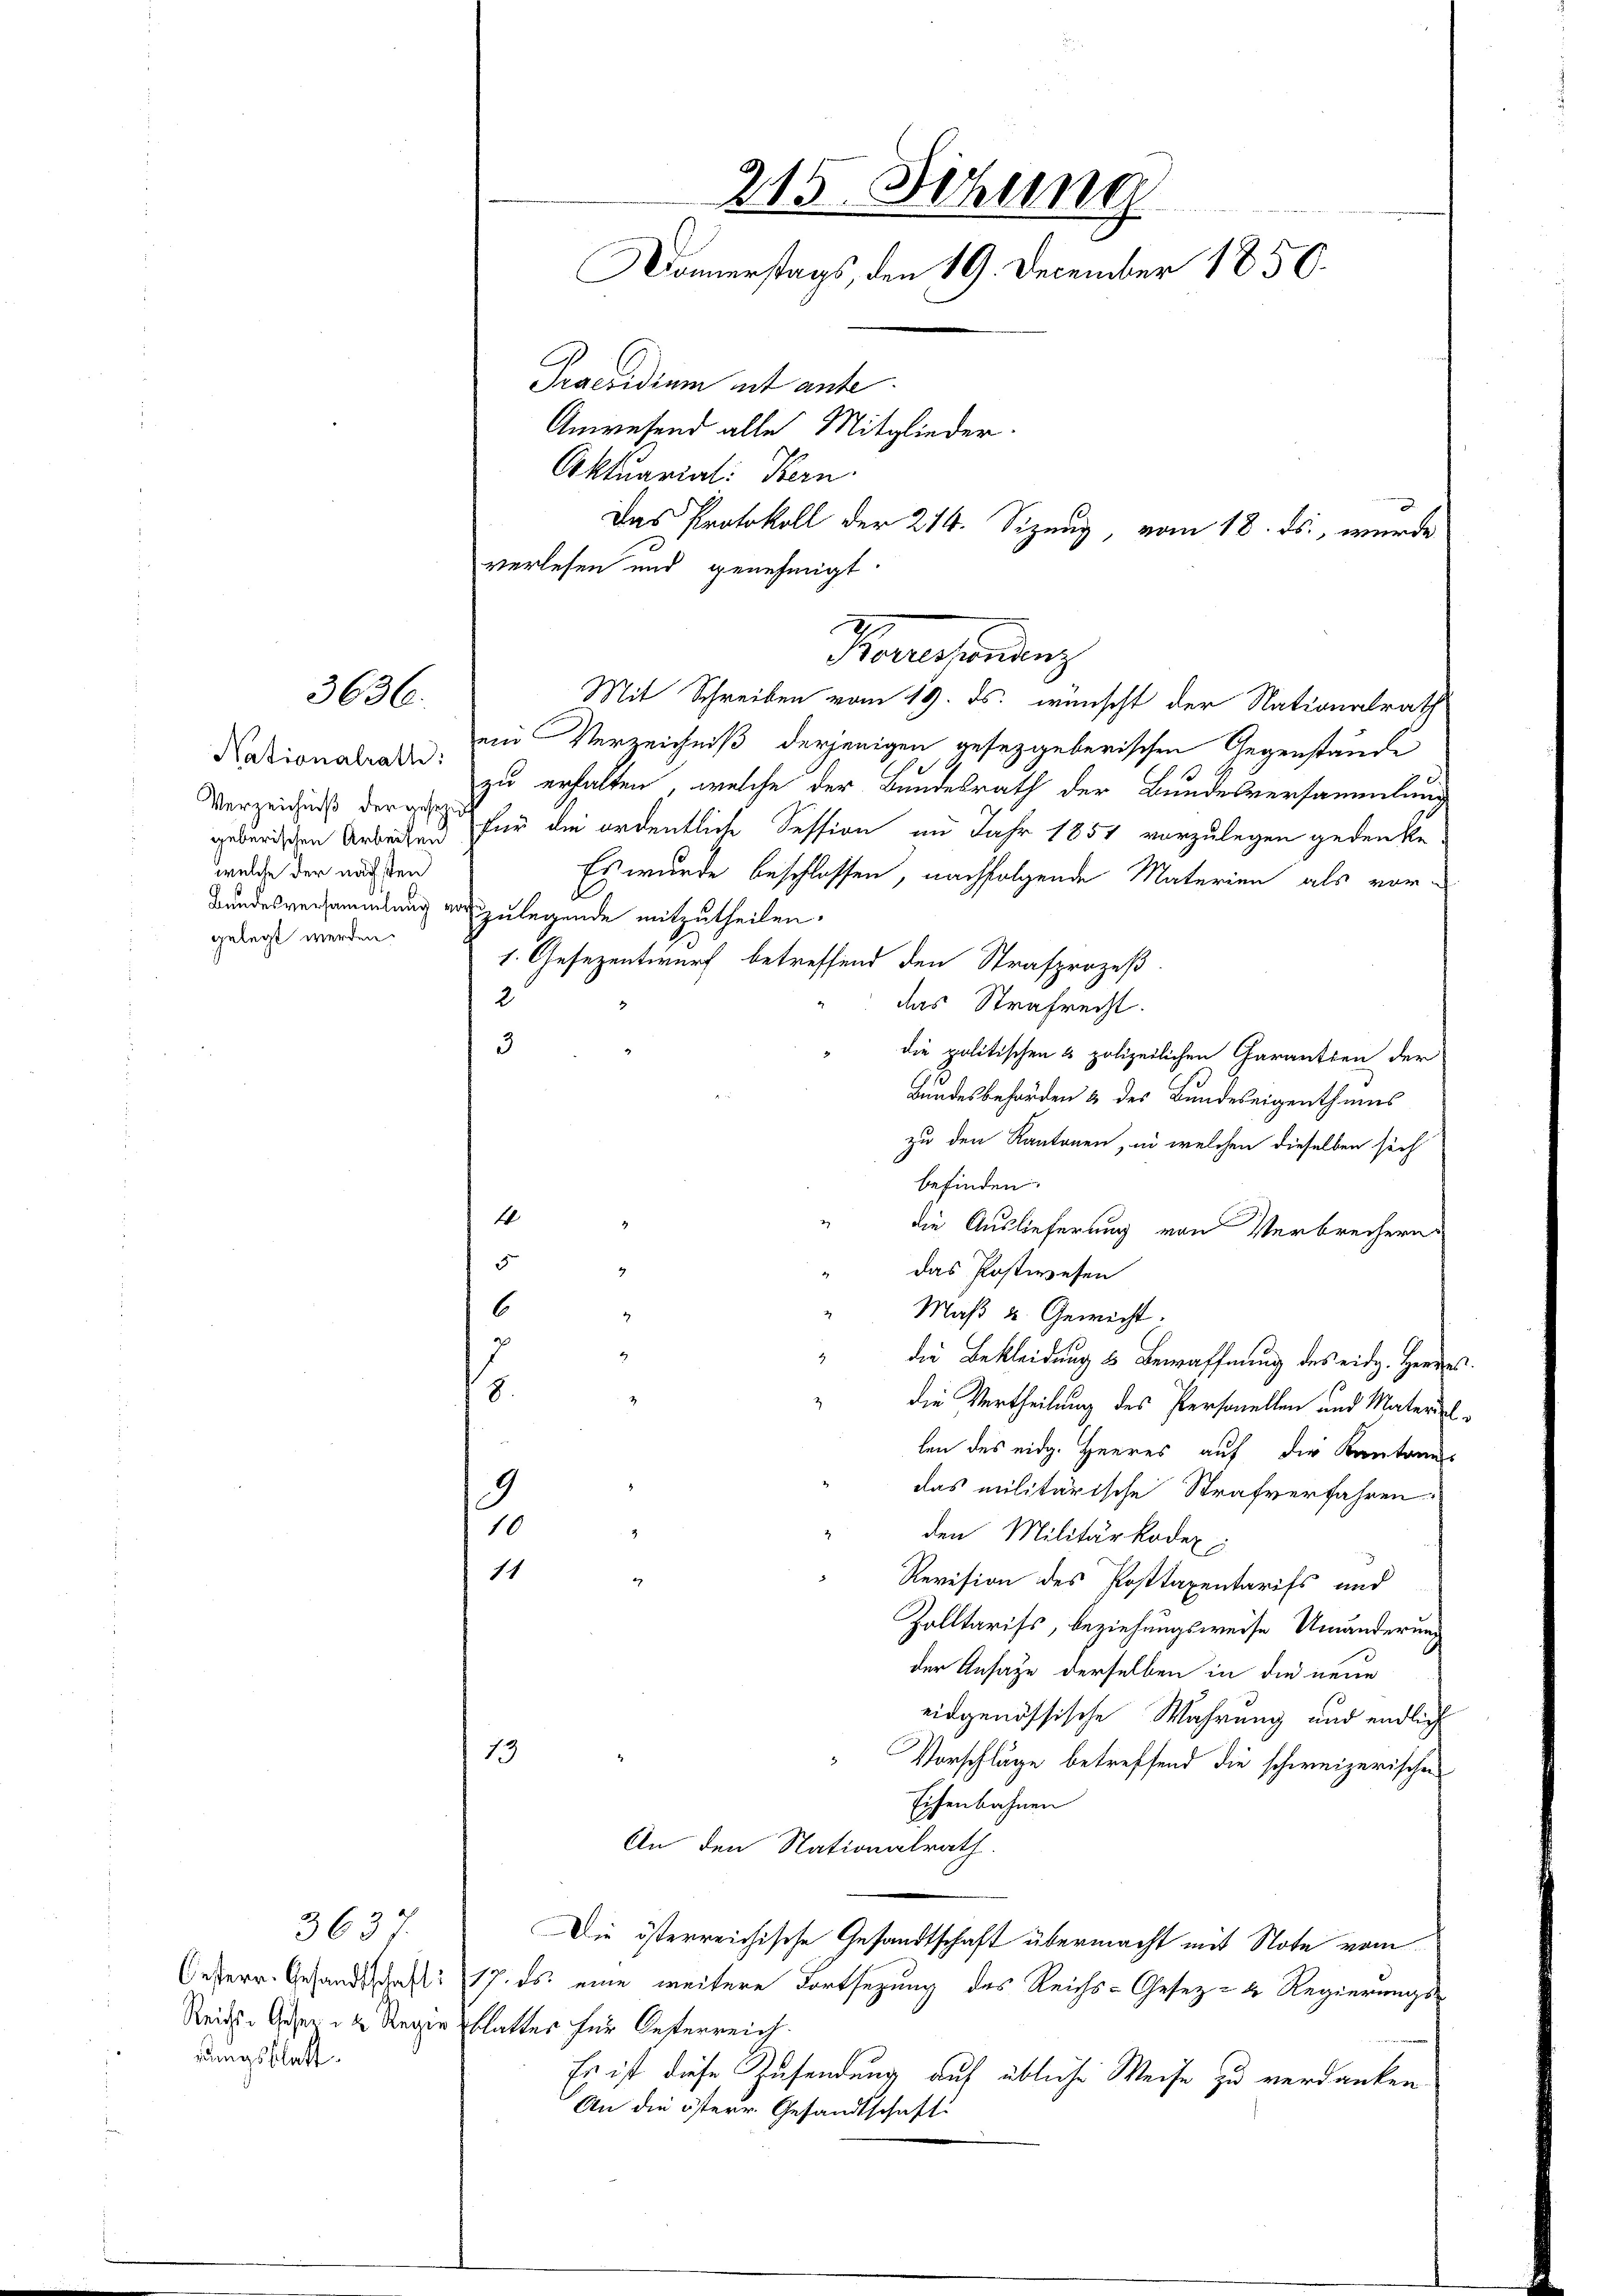
3636.

Nationalrath:
Verzeichniß der gesend
geberischen Arbeiten
welche der nächsten
gelegt werden.

363
rungsblatt.

215. Sitzung
Donnerstags, den 19. December 1850.
Praesidium ist ante
Anwesend alle Mitglieder.
Aktuarial: Bern.
Das Protokoll der 214. Sizung vom 18. ds., wurde
verlesen und genehmigt

ein Verzeichniß derjenigen gesetzgeberischen Gegenstände
zu erhalten, welche der Bundesrath der Bundesversammlung
für die ordentliche Session im Jahr 1851 vorzulegen gedenke.
Es wurde beschlossen, nachfolgende Materien als vor-
Bundesversammlung vorzulegende mitzutheilen.
1. Gesezentwurf betreffend den Strafprozeß
2
das Strafrecht.
3
die politischen 3 polizeilichen Garantien der
Bundesbehörden & des Bundeseigenthums
zu den Kantonen, in welchen dieselben sich
befinden
1
die Auslieferung von Verbrechern
5
das Postwesen
6
Maß u. Gewicht.
7
2
die Bekleidung ds Bewaffnung des eidg. Herres.
8.
" die Vertheilung des Personellen und Materiel
len des eidg. Heeres auf die Kantone
das militärische Strafverfahren:
9
10
den Militärkodex
11
Revision des Posttaxentarifs und
Zolltarifs, beziehungsweise Umänderung
der Ansage derselben in die neue
eidgenössische Wahrung und endlich
13
Vorschläge betreffend die schweizerische
Eisenbahnen
An den Nationalrath.
Die österreichische Gesandtschaft übermacht mit Note vom
Oesterr. Gesandtschaft 17. ds. eine weitere Fortsezung des Reichs-Gesetz- u. Regierungs-
Reichs-Geser u. Reger Platter für Oesterreich.
Es ist diese Zusendung auf übliche Weise zu verdanken.
An die österr. Gesandtschaft

Praesendenz
Mit Schreiben vom 19. ds. wünscht der Nationalrath